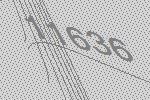
11636